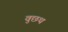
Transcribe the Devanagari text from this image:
वुछथ